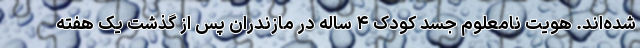
شده‌اند. هویت نامعلوم جسد کودک ۴ ساله در مازندران پس از گذشت یک هفته